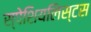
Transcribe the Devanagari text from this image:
स्पेशियलिस्टस